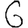
Digit: 6